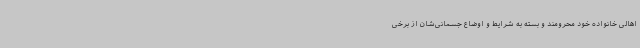
اهالی خانواده خود محرومند و بسته به شرایط و اوضاع جسمانی‌شان از برخی